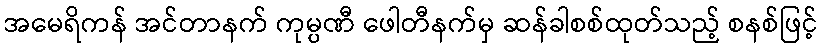
အမေရိကန် အင်တာနက် ကုမ္ပဏီ ဖေါတီနက်မှ ဆန်ခါစစ်ထုတ်သည့် စနစ်ဖြင့်